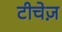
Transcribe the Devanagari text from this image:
टीचेज़